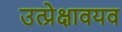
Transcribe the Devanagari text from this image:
उत्प्रेक्षावयव